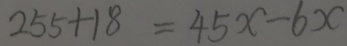
2 5 5 + 1 8 = 4 5 x - 6 x